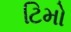
ટિમો